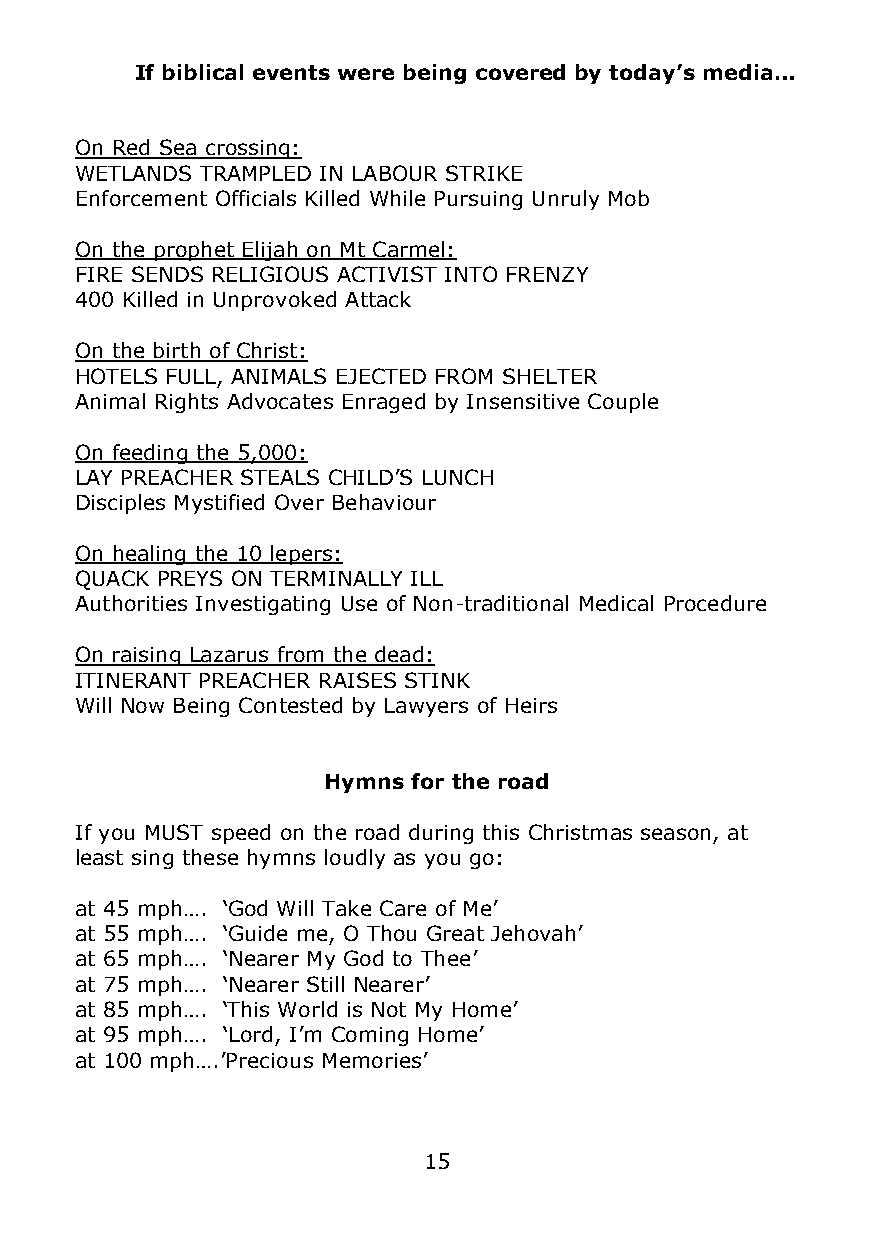
If biblical events were being covered by today’s media…
 On Red Sea crossing:
 WETLANDS TRAMPLED IN LABOUR STRIKE
 Enforcement Officials Killed While Pursuing Unruly Mob
 On the prophet Elijah on Mt Carmel:
 FIRE SENDS RELIGIOUS ACTIVIST INTO FRENZY
 400 Killed in Unprovoked Attack
 On the birth of Christ:
 HOTELS FULL, ANIMALS EJECTED FROM SHELTER
 Animal Rights Advocates Enraged by Insensitive Couple
 On feeding the 5,000:
 LAY PREACHER STEALS CHILD’S LUNCH
 Disciples Mystified Over Behaviour
 On healing the 10 lepers:
 QUACK PREYS ON TERMINALLY ILL
 Authorities Investigating Use of Non-traditional Medical Procedure
 On raising Lazarus from the dead:
 ITINERANT PREACHER RAISES STINK
 Will Now Being Contested by Lawyers of Heirs
 Hymns for the road
 If you MUST speed on the road during this Christmas season, at
 least sing these hymns loudly as you go:
 at 45 mph…. ‘God Will Take Care of Me’
 at 55 mph…. ‘Guide me, O Thou Great Jehovah’
 at 65 mph…. ‘Nearer My God to Thee’
 at 75 mph…. ‘Nearer Still Nearer’
 at 85 mph…. ‘This World is Not My Home’
 at 95 mph…. ‘Lord, I’m Coming Home’
 at 100 mph….’Precious Memories’
 15